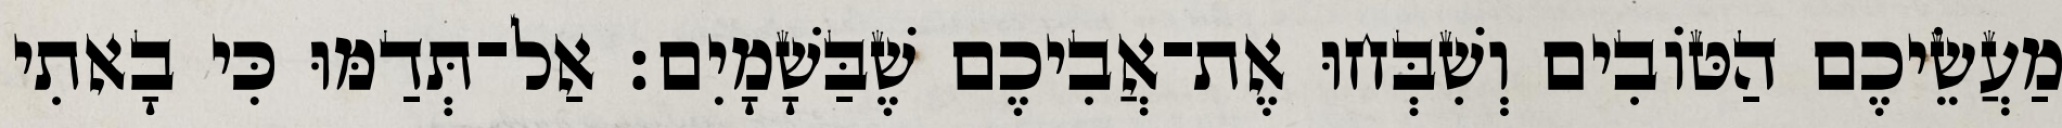
מַעֲשֵׂיכֶם הַטּוֹבִים וְשִׁבְּחוּ אֶת־אֲבִיכֶם שֶׁבַּשָׁמָיִם׃ אַל־תְּדַמּוּ כִּי בָאתִי